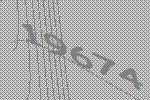
19674